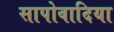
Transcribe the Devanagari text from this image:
सापोवादिया